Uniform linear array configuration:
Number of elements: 16
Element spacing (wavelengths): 1
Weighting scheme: blackman
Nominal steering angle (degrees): -15
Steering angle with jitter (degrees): -16.533
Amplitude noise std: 0.05
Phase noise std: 0.05

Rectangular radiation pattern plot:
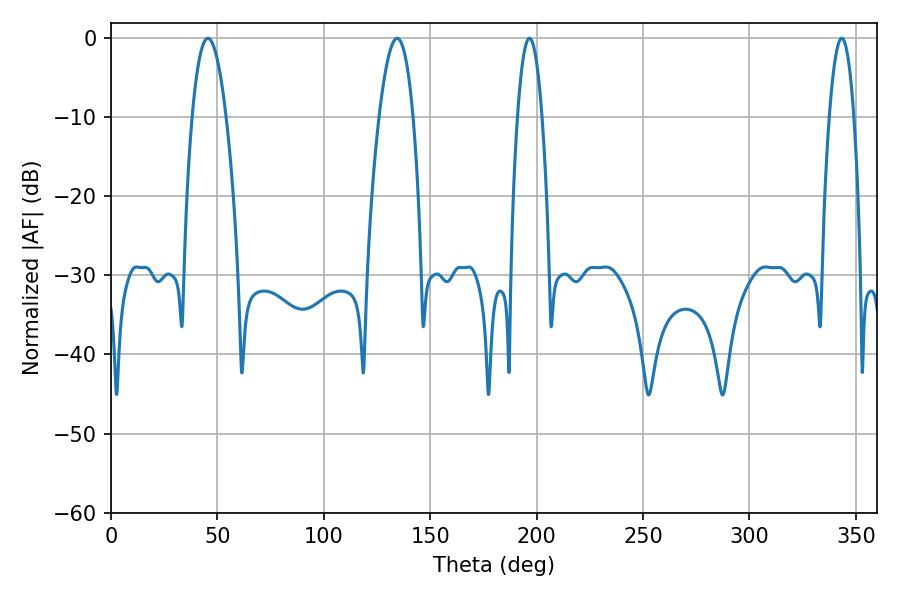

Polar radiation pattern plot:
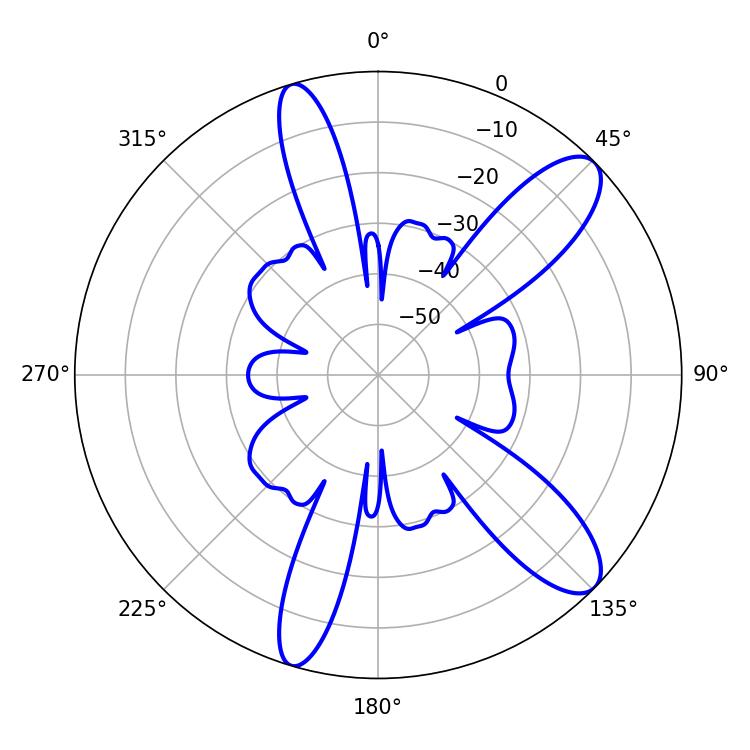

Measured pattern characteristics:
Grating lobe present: TRUE
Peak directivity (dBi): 10.781
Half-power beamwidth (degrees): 8.64
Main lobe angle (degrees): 45.54